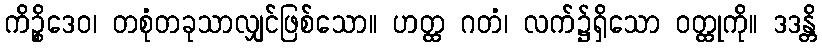
ကိဉ္စိဒေဝ၊ တစုံတခုသာလျှင်ဖြစ်သော။ ဟတ္ထ ဂတံ၊ လက်၌ရှိသော ဝတ္ထုကို။ ဒဒန္တိ